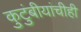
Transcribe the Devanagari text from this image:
कुटुंबीयांचीही